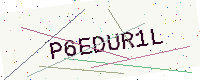
Text: P6EDUR1L